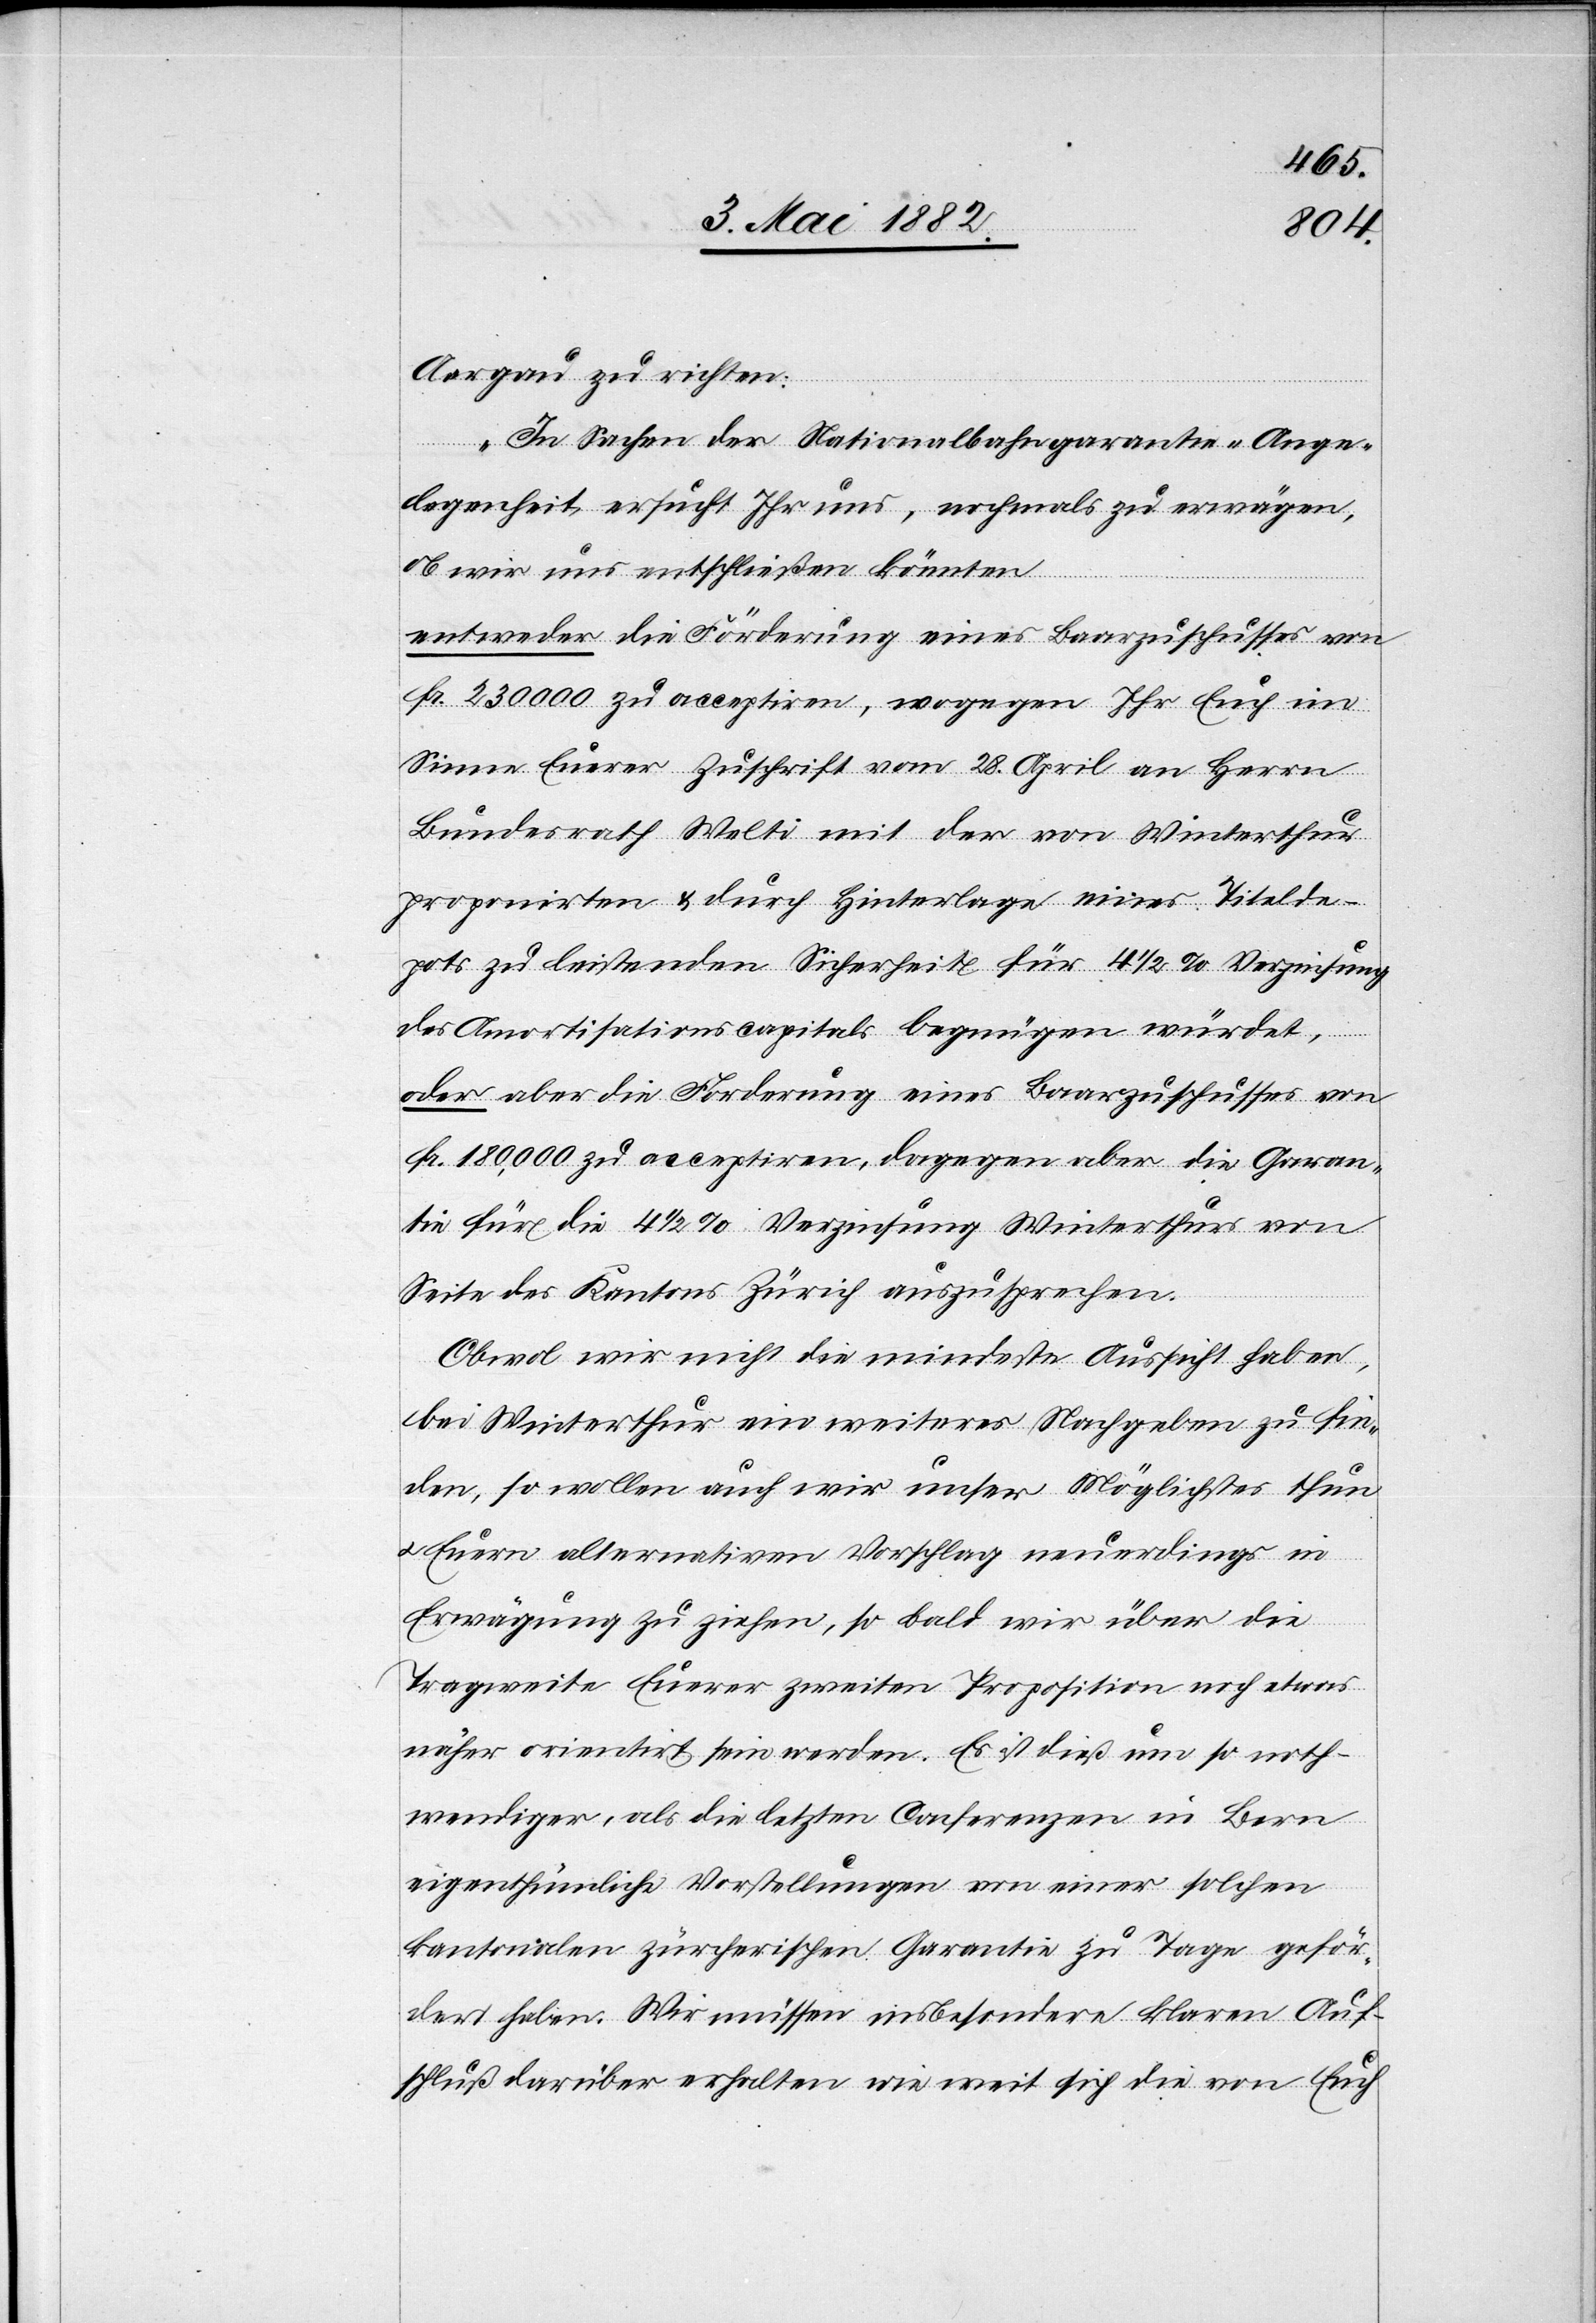
Aargau zu richten:
„In Sachen der Nationalbahngarantie-Ange¬
legenheit ersucht Ihr uns, nochmals zu erwägen,
ob wir uns entschließen könnten
entweder die Forderung eines Baarzuschusses von
Fr. 230 000 zu acceptiren, wogegen Ihr Euch im
Sinne Eurer Zuschrift vom 28. April an Herrn
Bundesrath Welti mit der von Winterthur
proponirten & durch Hinterlage eines Titelde¬
pots zu leistenden Sicherheit für 4 1/2% Verzinsung
des Amortisationscapitals begnügen würdet,
oder aber die Forderung eines Baarzuschusses von
Fr. 180,000 zu acceptiren, dagegen aber die Garan¬
tie für die 4 1/2% Verzinsung Winterthurs von
Seite des Kantons Zürich auszusprechen.
Obwohl wir nicht die mindeste Aussicht haben,
bei Winterthur ein weiteres Nachgeben zu fin¬
den, so wollen auch wir unser Möglichstes thun
u. Euern alternativen Vorschlag neuerdings in
Erwägung zu ziehen [sic!], so bald wir über die
Tragweite Euerer zweiten Proposition noch etwas
näher orientirt sein werden. Es ist dieß um so noth¬
wendiger, als die letzten Conferenzen in Bern
eigenthümliche Vorstellungen von einer solchen
kantonalen zürcherischen Garantie zu Tage geför¬
dert haben. Wir müssen insbesondere klaren Auf¬
schluß darüber erhalten wie weit sich die von Euch